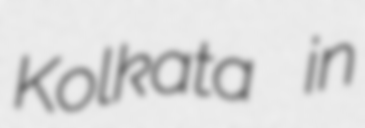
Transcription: Kolkata in